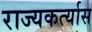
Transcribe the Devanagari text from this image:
राज्यकर्त्यास